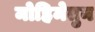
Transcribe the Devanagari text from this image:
मोहिमेतुन